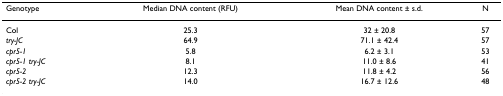
| Genotype | Median DNA content (RFU) | Mean DNA content ± s.d. | N |
 | --- | --- | --- | --- |
 | Col | 25.3 | 32 ± 20.8 | 57 |
 | try-JC | 64.9 | 71.1 ± 42.4 | 57 |
 | cpr5-1 | 5.8 | 6.2 ± 3.1 | 53 |
 | cpr5-1 try-JC | 8.1 | 11.0 ± 8.6 | 41 |
 | cpr5-2 | 12.3 | 11.8 ± 4.2 | 56 |
 | cpr5-2 try-JC | 14.0 | 16.7 ± 12.6 | 48 |